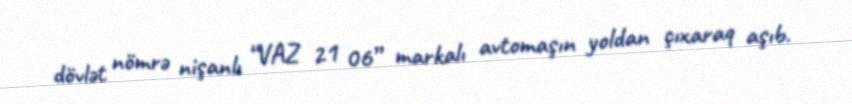
dövlət nömrə nişanlı “VAZ 21 06” markalı avtomaşın yoldan çıxaraq aşıb.